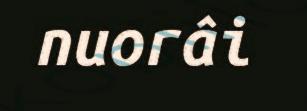
nuorâi